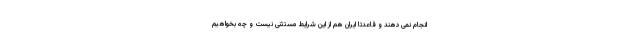
انجام نمی دهند و قاعدتا ایران هم از این شرایط مستثنی نیست و چه بخواهیم